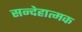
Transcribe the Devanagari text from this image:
सन्देहात्मक